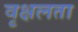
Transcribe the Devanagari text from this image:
वृक्षलता